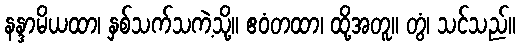
နန္ဒာမိယထာ၊ နှစ်သက်သကဲ့သို့။ ဧဝံတထာ၊ ထို့အတူ။ တွံ၊ သင်သည်။